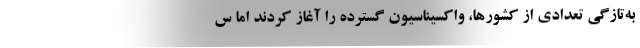
به‌تازگی تعدادی از کشورها، واکسیناسیون گسترده را آغاز کردند اما س